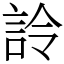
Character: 詅